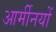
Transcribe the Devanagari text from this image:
आर्मीनयों